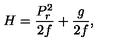
H = { \frac { P _ { r } ^ { 2 } } { 2 f } } + { \frac { g } { 2 f } } ,